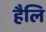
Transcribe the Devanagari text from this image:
हैलि